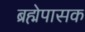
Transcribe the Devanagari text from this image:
ब्रह्मेपासक